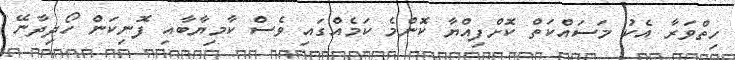
ހިތްވަރާ އެކު މަސައްކަތް ކޮށްފިއްޔާ ކޮންމެ ކަމެއްގައި ވެސް ކާމިޔާބާއި ފޮނިކަން ހޯދިދާނޭ